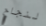
لنجاح